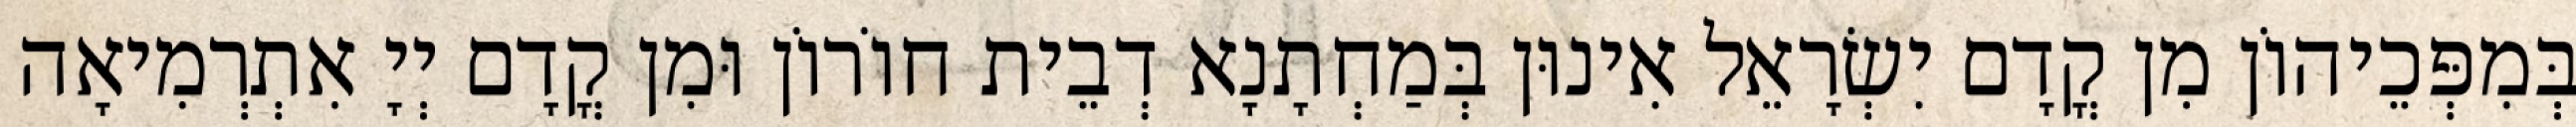
בְּמִפְּכֵיהוֹן מִן קֳדָם יִשְׂרָאֵל אִינוּן בְּמַחְתָנָא דְבֵית חוֹרוֹן וּמִן קֳדָם יְיָ אִתְרְמִיאָה